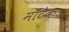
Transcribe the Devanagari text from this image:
माँटेक